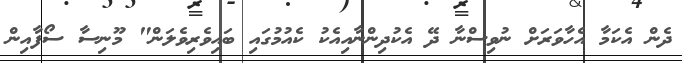
ދެން އެކަމާ އެހާވަރަށް ނުވިސްނާ ދޭ އެކުދިންނާއިއެކު ކެއުމުގައި ބައިވެރިވެލަން" މޫނިސާ ސޯފާއިން